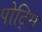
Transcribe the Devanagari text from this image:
पोट्सि